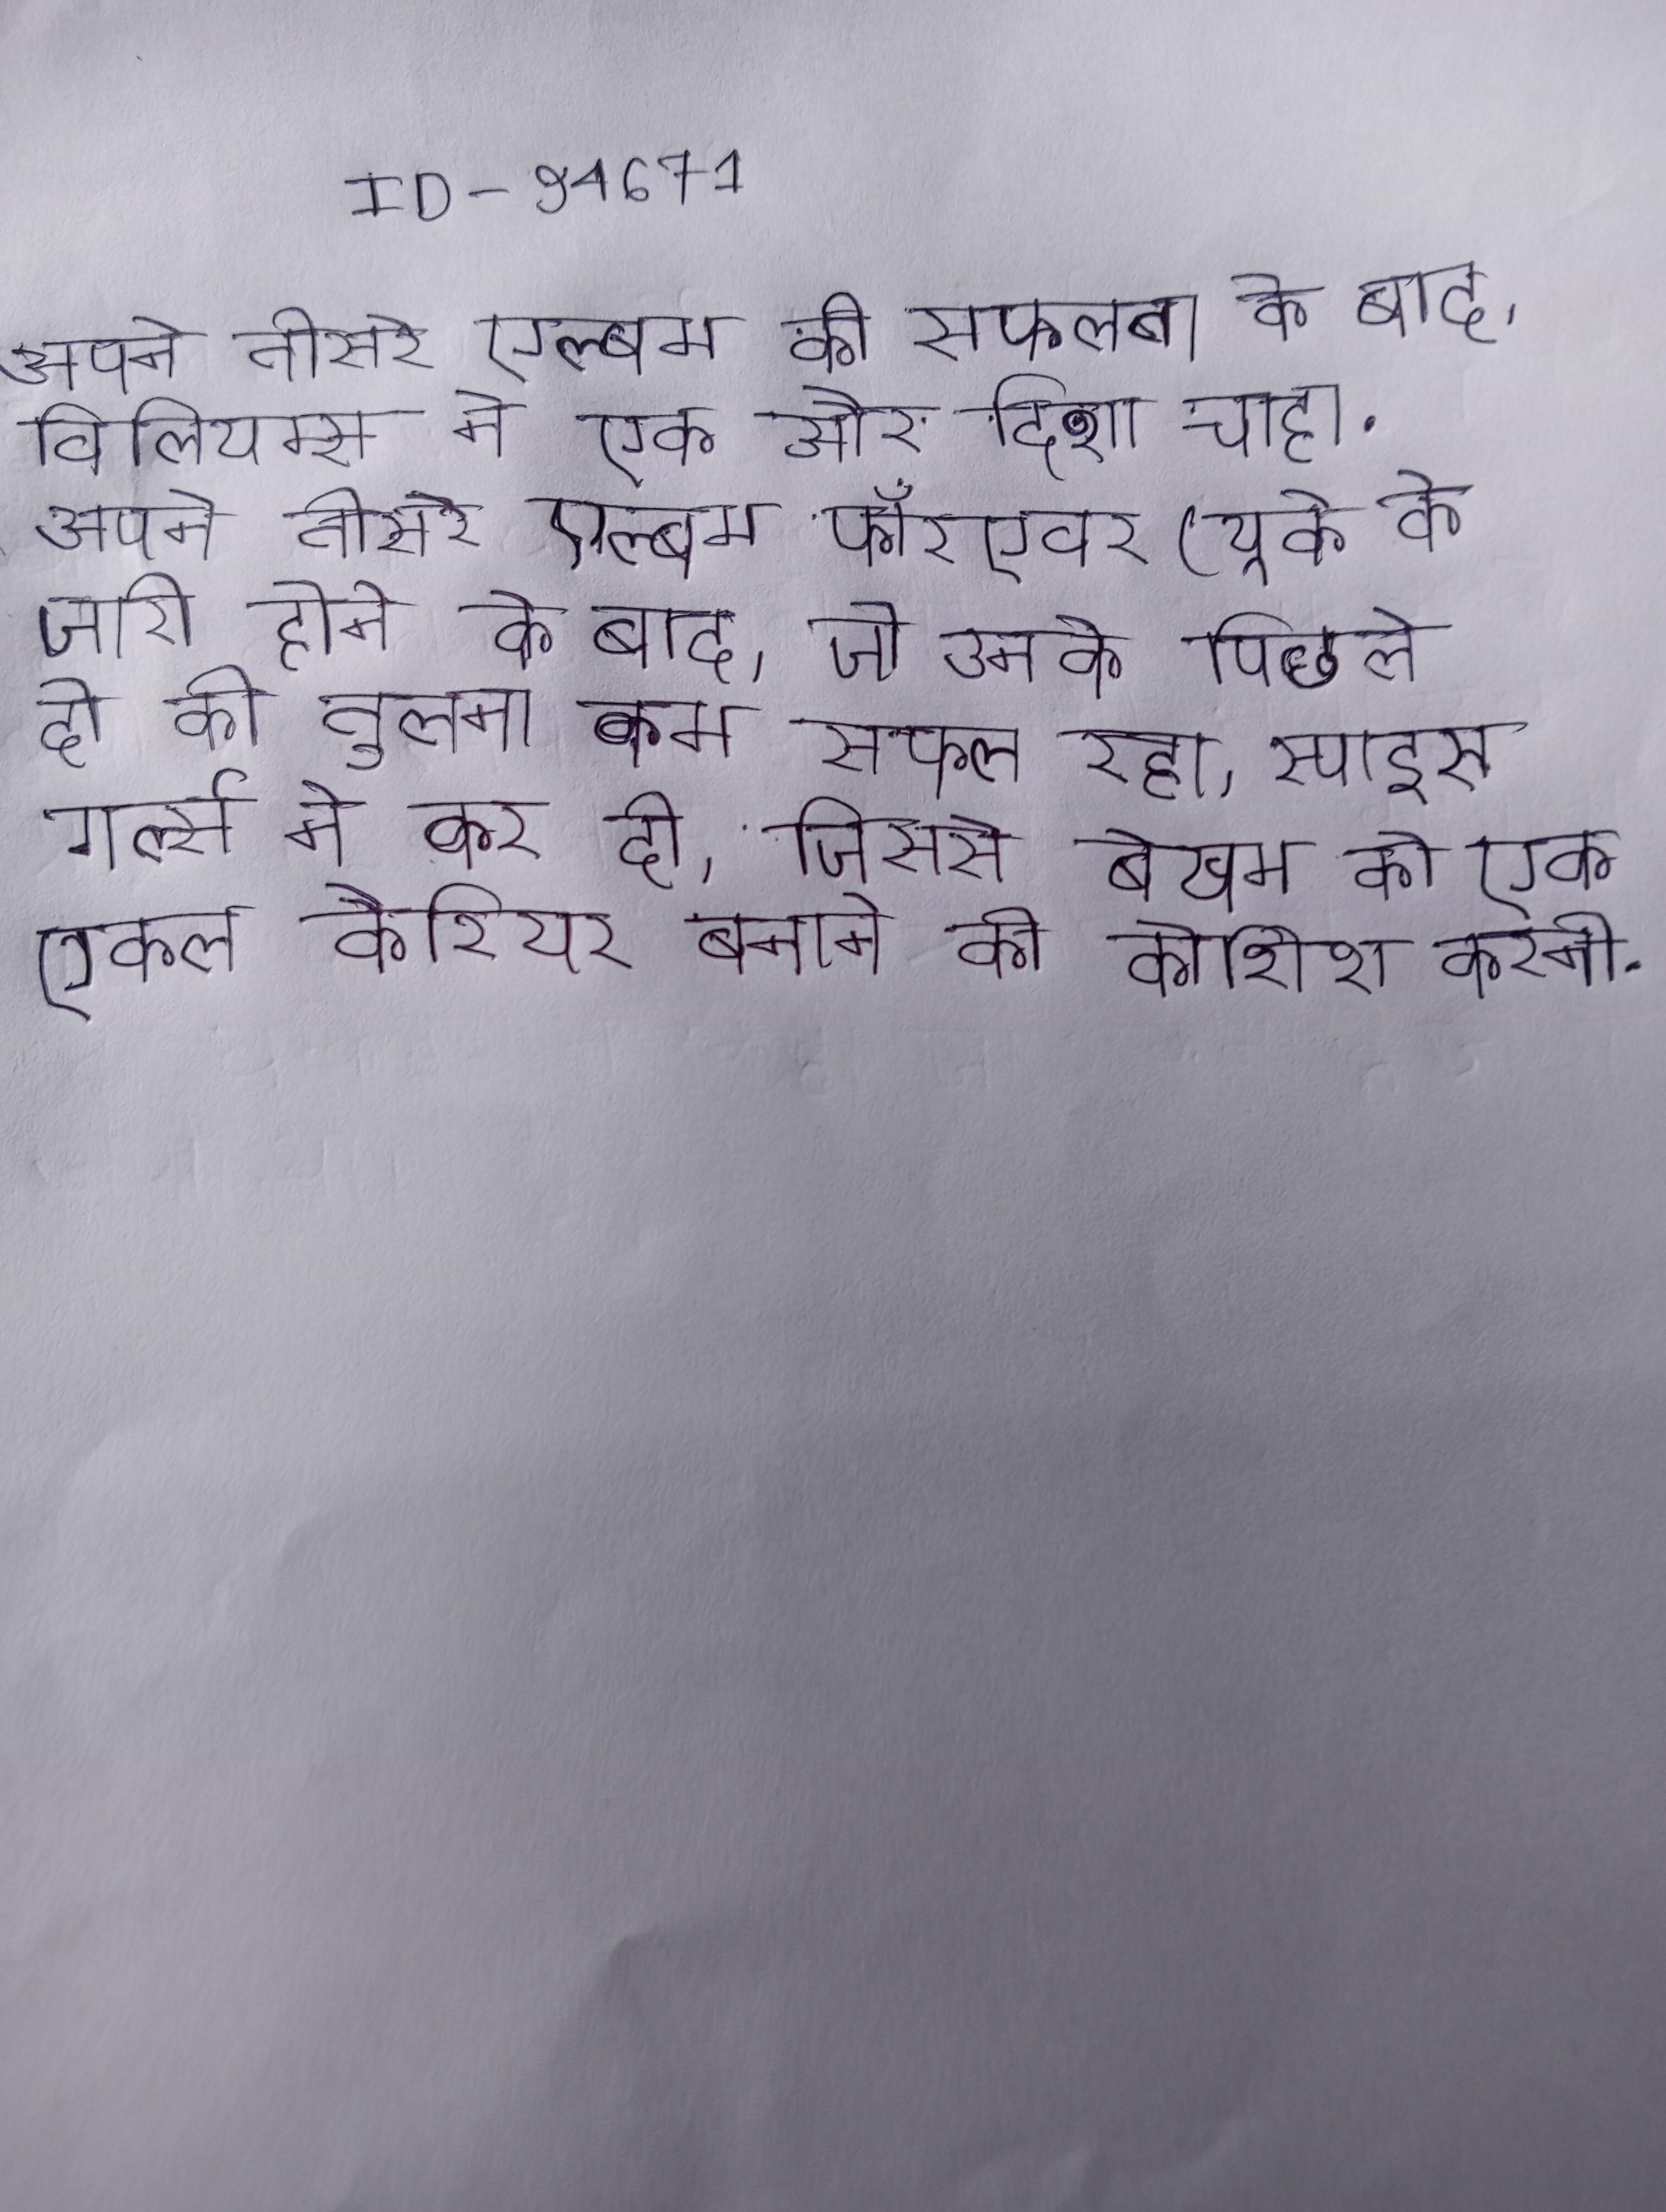
अपने तीसरे एल्बम की सफलता के बाद, विलियम्स ने एक और दिशा चाहा . अपने तीसरे एल्बम फॉरएवर (यूके के जारी होने के बाद, जो उनके पिछले दो की तुलना कम सफल रहा, स्पाइस गर्ल्स ने कर दी, जिससे बेखम को एक एकल कैरियर बनाने की कोशिश करनी .